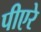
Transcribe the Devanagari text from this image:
पीएरे